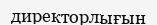
директорлығын